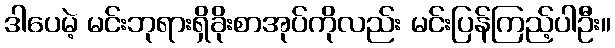
ဒါပေမဲ့ မင်းဘုရားရှိခိုးစာအုပ်ကိုလည်း မင်းပြန်ကြည့်ပါဦး။